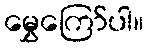
မွှေကြော်ပါ။